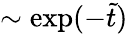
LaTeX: \sim\mathrm{exp}(-\tilde{t})